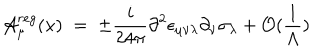
{ \cal A } _ { \mu } ^ { r e g } ( x ) \; = \; \pm \frac { i } { 2 4 \pi } \partial ^ { 2 } \epsilon _ { \mu \nu \lambda } \partial _ { \nu } \sigma _ { \lambda } + { \cal O } ( \frac { 1 } { \Lambda } )